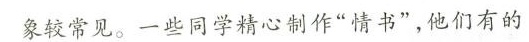
象较常见。一些同学精心制作“情书”，他们有的